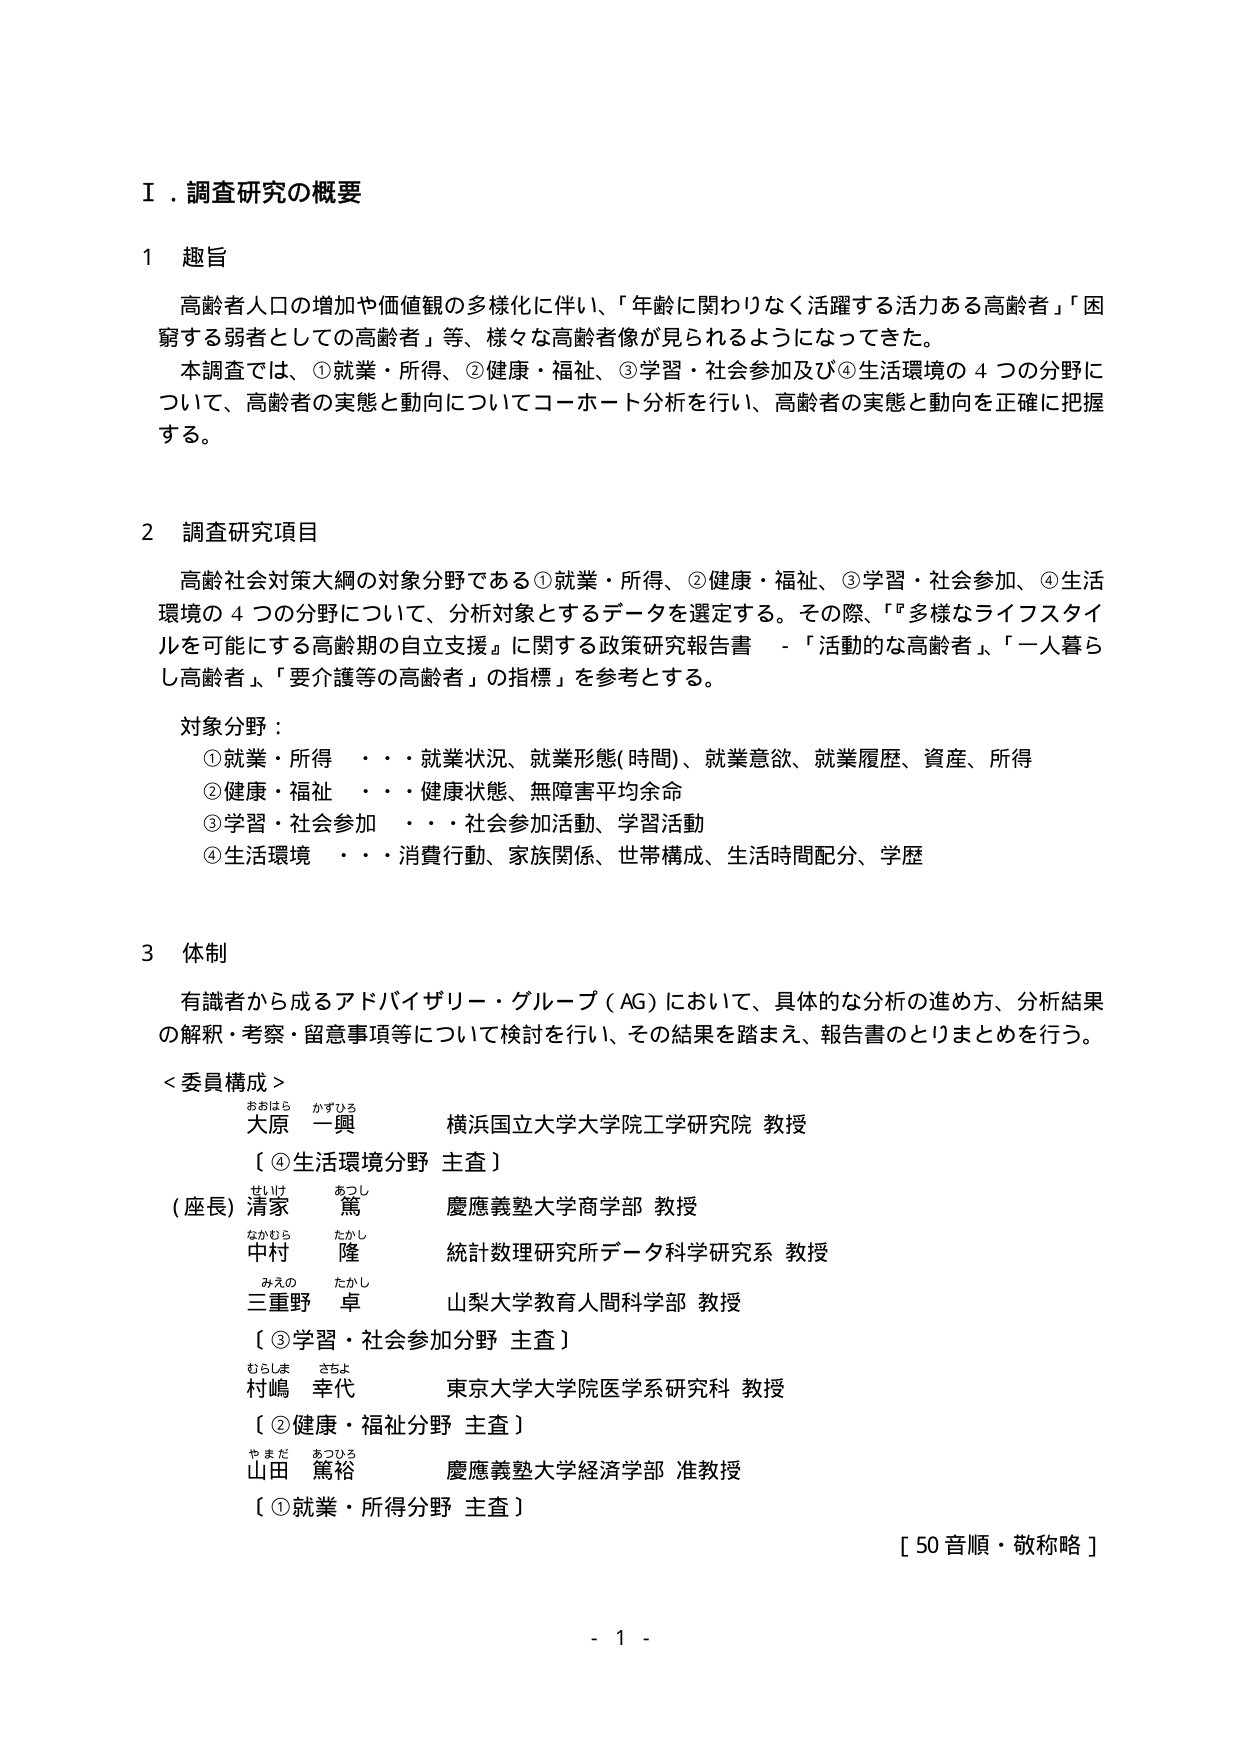
Ⅰ．調査研究の概要

1 趣旨
高齢者人口の増加や価値観の多様化に伴い、「年齢に関わりなく活躍する活力ある高齢者」「困窮する弱者としての高齢者」等、様々な高齢者像が見られるようになってきた。
本調査では、①就業・所得、②健康・福祉、③学習・社会参加及び④生活環境の４つの分野について、高齢者の実態と動向についてコーホート分析を行い、高齢者の実態と動向を正確に把握する。

2 調査研究項目
高齢社会対策大綱の対象分野である①就業・所得、②健康・福祉、③学習・社会参加、④生活環境の４つの分野について、分析対象とするデータを選定する。その際、「多様なライフスタイルを可能にする高齢期の自立支援」に関する政策研究報告書 -「活動的な高齢者」、「一人暮らし高齢者」、「要介護等の高齢者」の指標」を参考とする。

対象分野：
①就業・所得 ・・・就業状況、就業形態(時間)、就業意欲、就業履歴、資産、所得
②健康・福祉 ・・・健康状態、無障害平均余命
③学習・社会参加 ・・・社会参加活動、学習活動
④生活環境 ・・・消費行動、家族関係、世帯構成、生活時間配分、学歴

3 体制
有識者から成るアドバイザリー・グループ（AG）において、具体的な分析の進め方、分析結果の解釈・考察・留意事項等について検討を行い、その結果を踏まえ、報告書のとりまとめを行う。

＜委員構成＞
おおはら かずひろ
大原 一興 横浜国立大学大学院工学研究院 教授
〔④生活環境分野 主査〕
せいけ あつし
（座長）清家 篤 慶應義塾大学商学部 教授
なかむら たかし
中村 隆 統計数理研究所データ科学研究系 教授
みえの たかし
三重野 卓 山梨大学教育人間科学部 教授
〔③学習・社会参加分野 主査〕
むらしま さちよ
村嶋 幸代 東京大学大学院医学系研究科 教授
〔②健康・福祉分野 主査〕
やまだ あつひろ
山田 篤裕 慶應義塾大学経済学部 准教授
〔①就業・所得分野 主査〕

［50音順・敬称略］

- 1 -